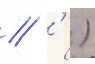
// ' )